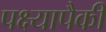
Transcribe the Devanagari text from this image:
पक्ष्यापैकी